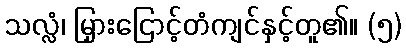
သလ္လံ၊ မြှားငြောင့်တံကျင်နှင့်တူ၏။ (၅)